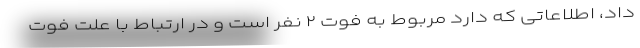
داد، اطلاعاتی که دارد مربوط به فوت ۲ نفر است و در ارتباط با علت فوت